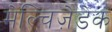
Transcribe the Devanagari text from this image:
मेल्चिज़ेडेक